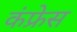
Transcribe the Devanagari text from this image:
कंफ्रेस